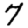
Digit: 7